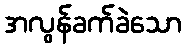
အလွန်ခက်ခဲသော